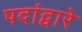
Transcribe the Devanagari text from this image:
पदांद्वारे